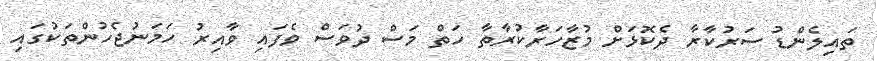
ތައިލެންޑު ސަރުކާރާ ދެކޮޅަށް މުޒާހަރާކުރާތާ ހަތް މަސް ދުވަސް ވެފައި ވާއިރު ހަމަނުޖެހުންތަކުގައި